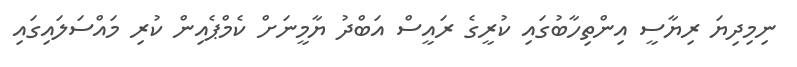
ނިމިދިޔަ ރިޔާސީ އިންތިހާބުގައި ކުރީގެ ރައީސް އަބްދު ޔާމީނަށް ކެމްޕެއިން ކުރި މައްސަަލައިގައި